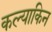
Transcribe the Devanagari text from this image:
कल्याकिन